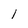
Character: 1